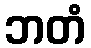
ဘတံ